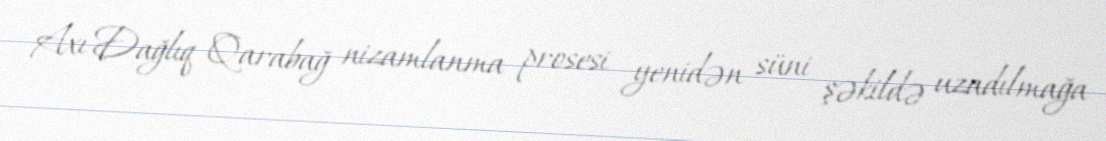
Axı Dağlıq Qarabağ nizamlanma prosesi yenidən süni şəkildə uzadılmağa